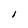
Character: I